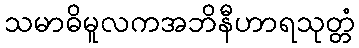
သမာဓိမူလကအဘိနီဟာရသုတ္တံ